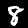
Label: 8